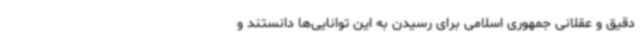
دقیق و عقلانی جمهوری اسلامی برای رسیدن به این توانایی‌ها دانستند و